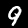
Digit: 9